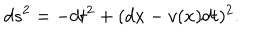
LaTeX: d s ^ { 2 } = - d t ^ { 2 } + ( d x - v ( x ) d t ) ^ { 2 } .